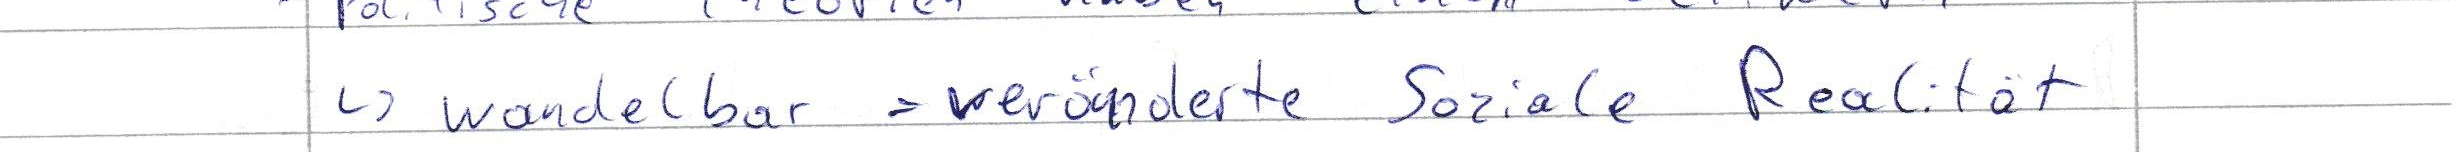
-> wandelbar = veränderte Soziale Realität